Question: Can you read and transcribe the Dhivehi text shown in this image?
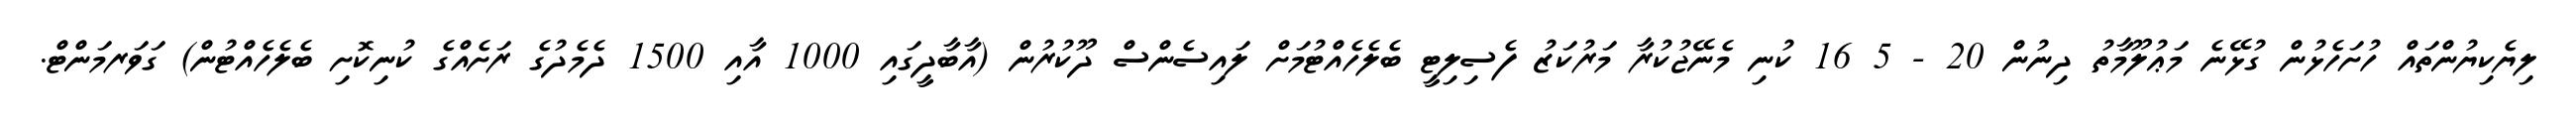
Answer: ލިޔެކިޔުންތައް ހުށަހެޅުން ގުޅޭނެ މަޢުލޫމާތު ދިނުން 20 - 5 16 ކުނި މެނޭޖުކުރާ މަރުކަޒު ފެސިލިޓީ ބެލެހެއްޓުމަށް ލައިސެންސް ދޫކުރުން (އާބާދީގައި 1000 އާއި 1500 ދެމެދުގެ ރަށެއްގެ ކުނިކޮށި ބެލެހެއްޓުން) ގަވަރމަންޓް.